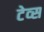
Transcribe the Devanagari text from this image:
टेव्स